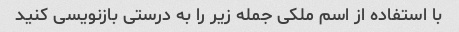
با استفاده از اسم ملکی جمله زیر را به درستی بازنویسی کنید